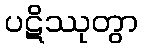
ပဋိဿုတွာ